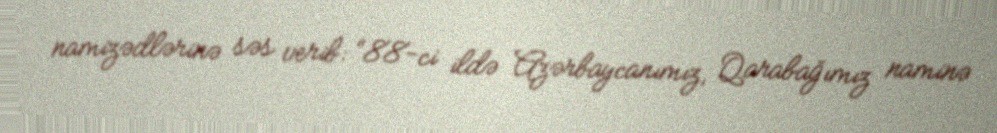
namizədlərinə səs verib: “88-ci ildə Azərbaycanımız, Qarabağımız naminə